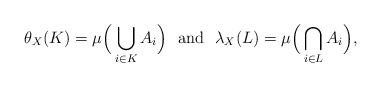
\begin{align*}\theta_X(K) = \mu \Big( \bigcup_{i\in K} A_i \Big)\ \mbox{ and }\ \lambda_X(L)= \mu \Big( \bigcap_{i\in L} A_i \Big),\end{align*}